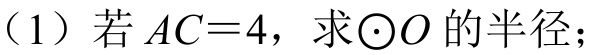
（1）若$AC = 4$，求$\odot O$的半径；